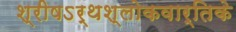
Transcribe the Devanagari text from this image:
श्रीषऽर्थश्लोकवार्तिके